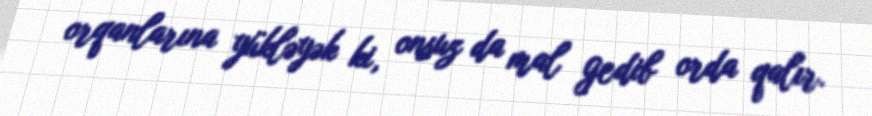
orqanlarına yükləyək ki, onsuz da mal gedib orda qalır.